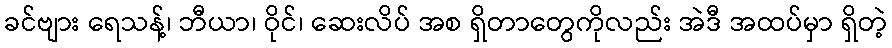
ခင်ဗျား ရေသန့်၊ ဘီယာ၊ ဝိုင်၊ ဆေးလိပ် အစ ရှိတာတွေကိုလည်း အဲဒီ အထပ်မှာ ရှိတဲ့